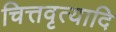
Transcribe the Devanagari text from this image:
चित्तवृत्यादि